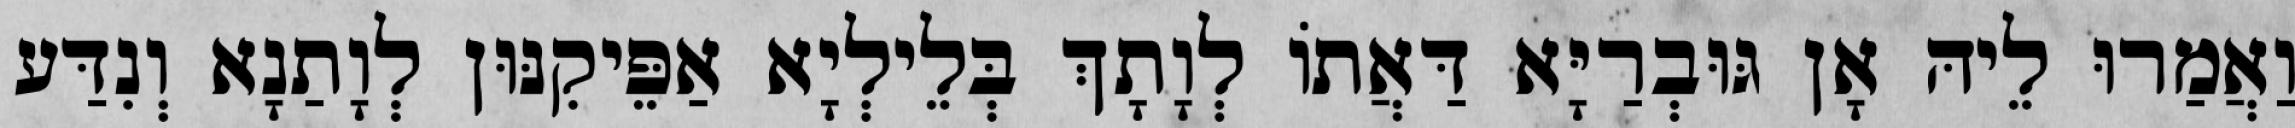
וַאֲמַרוּ לֵיהּ אָן גּוּבְרַיָּא דַּאֲתוֹ לְוָתָךְ בְּלֵילְיָא אַפֵּיקִנּוּן לְוָתַנָא וְנִדַּע